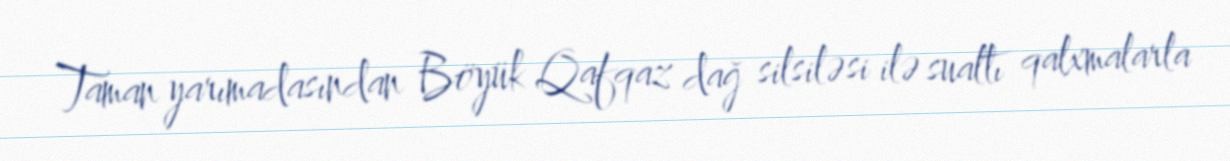
Taman yarımadasından Böyük Qafqaz dağ silsiləsi ilə sualtı qalxmalarla